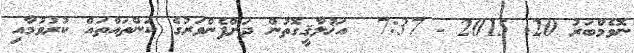
ނޮވެމްބަރު 20